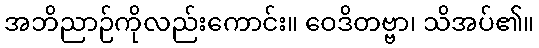
အဘိညာဉ်ကိုလည်းကောင်း။ ဝေဒိတဗ္ဗာ၊ သိအပ်၏။